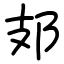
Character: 𨙸